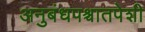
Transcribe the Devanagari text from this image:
अनुबंधपश्चातपेशी